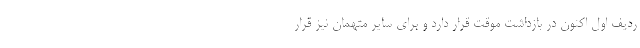
ردیف اول اکنون در بازداشت موقت قرار دارد و برای سایر متهمان نیز قرار